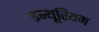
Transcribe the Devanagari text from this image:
इन्थूरियम